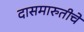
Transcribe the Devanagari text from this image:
दासमारुतीचे